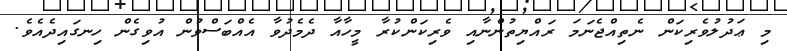
މި ޢަދުލުވެރިކަން ނެތިއްޖެނަމަ ރައްޔިތުންނާއި ވެރިކަންކުރާ މީހާއާ ދެމެދުވާ އެއްބަސްވުން އުވިގެން ހިނގައިދެއެވެ.